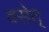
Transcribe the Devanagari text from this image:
वसेत्